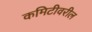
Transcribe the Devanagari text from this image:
कमिटीवरील